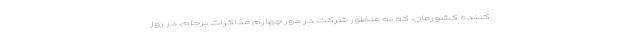
کننده کشورمان، که به منظور شرکت در دور چهارم مذاکرات برجام، در روز